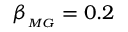
\beta _ { _ { M G } } = 0 . 2